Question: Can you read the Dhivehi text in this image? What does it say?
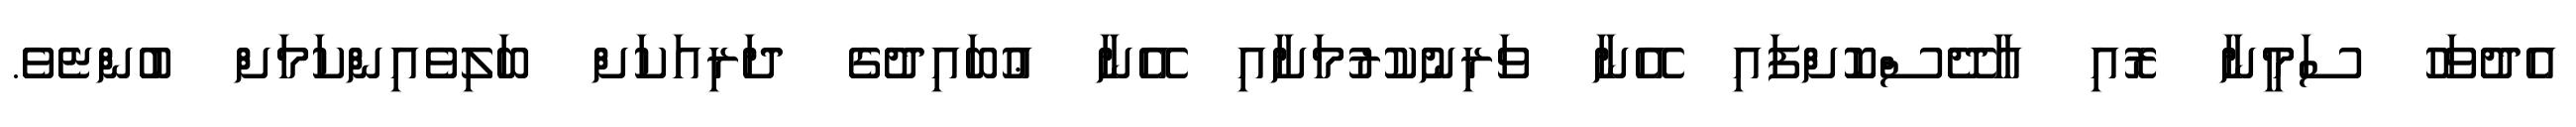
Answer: އެދުވަހު ސަމީނާ ރޮއި އާދޭސްކޮށްފައި އޭނާ ވަރިނުކުރުމަށާއި އޭނާ ޢުބައިދުގެ ދަރިއަކަށް ބަލިވެއިންކަމަށް ބުންޏެވެ.